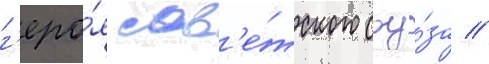
г'еро́я сов'е́тского соу́за //